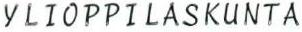
YLIOPPILASKUNTA